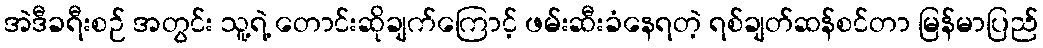
အဲဒီခရီးစဉ် အတွင်း သူ့ရဲ့ တောင်းဆိုချက်ကြောင့် ဖမ်းဆီးခံနေရတဲ့ ရစ်ချတ်ဆန်စင်တာ မြန်မာပြည်